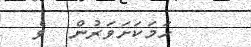
ހަމަކަށަވަރުން  ވެ